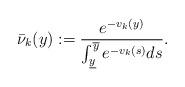
LaTeX: \begin{align*} \bar \nu_k(y):=\frac{e^{-v_k(y)}}{\int_{\underline y}^{\overline y}e^{-v_k(s)}ds}.\end{align*}